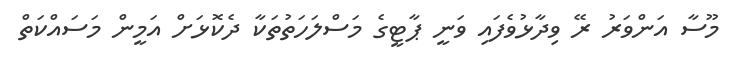
މޫސާ އަންވަރު ރޭ ވިދާޅުވެފައި ވަނީ ޕާޓީގެ މަސްލަހަތުތަކާ ދެކޮޅަށް އަމީން މަސައްކަތް